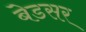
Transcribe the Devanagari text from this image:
बेडसर